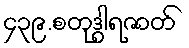
၄၃၉.စတုဒွါရဇာတ်